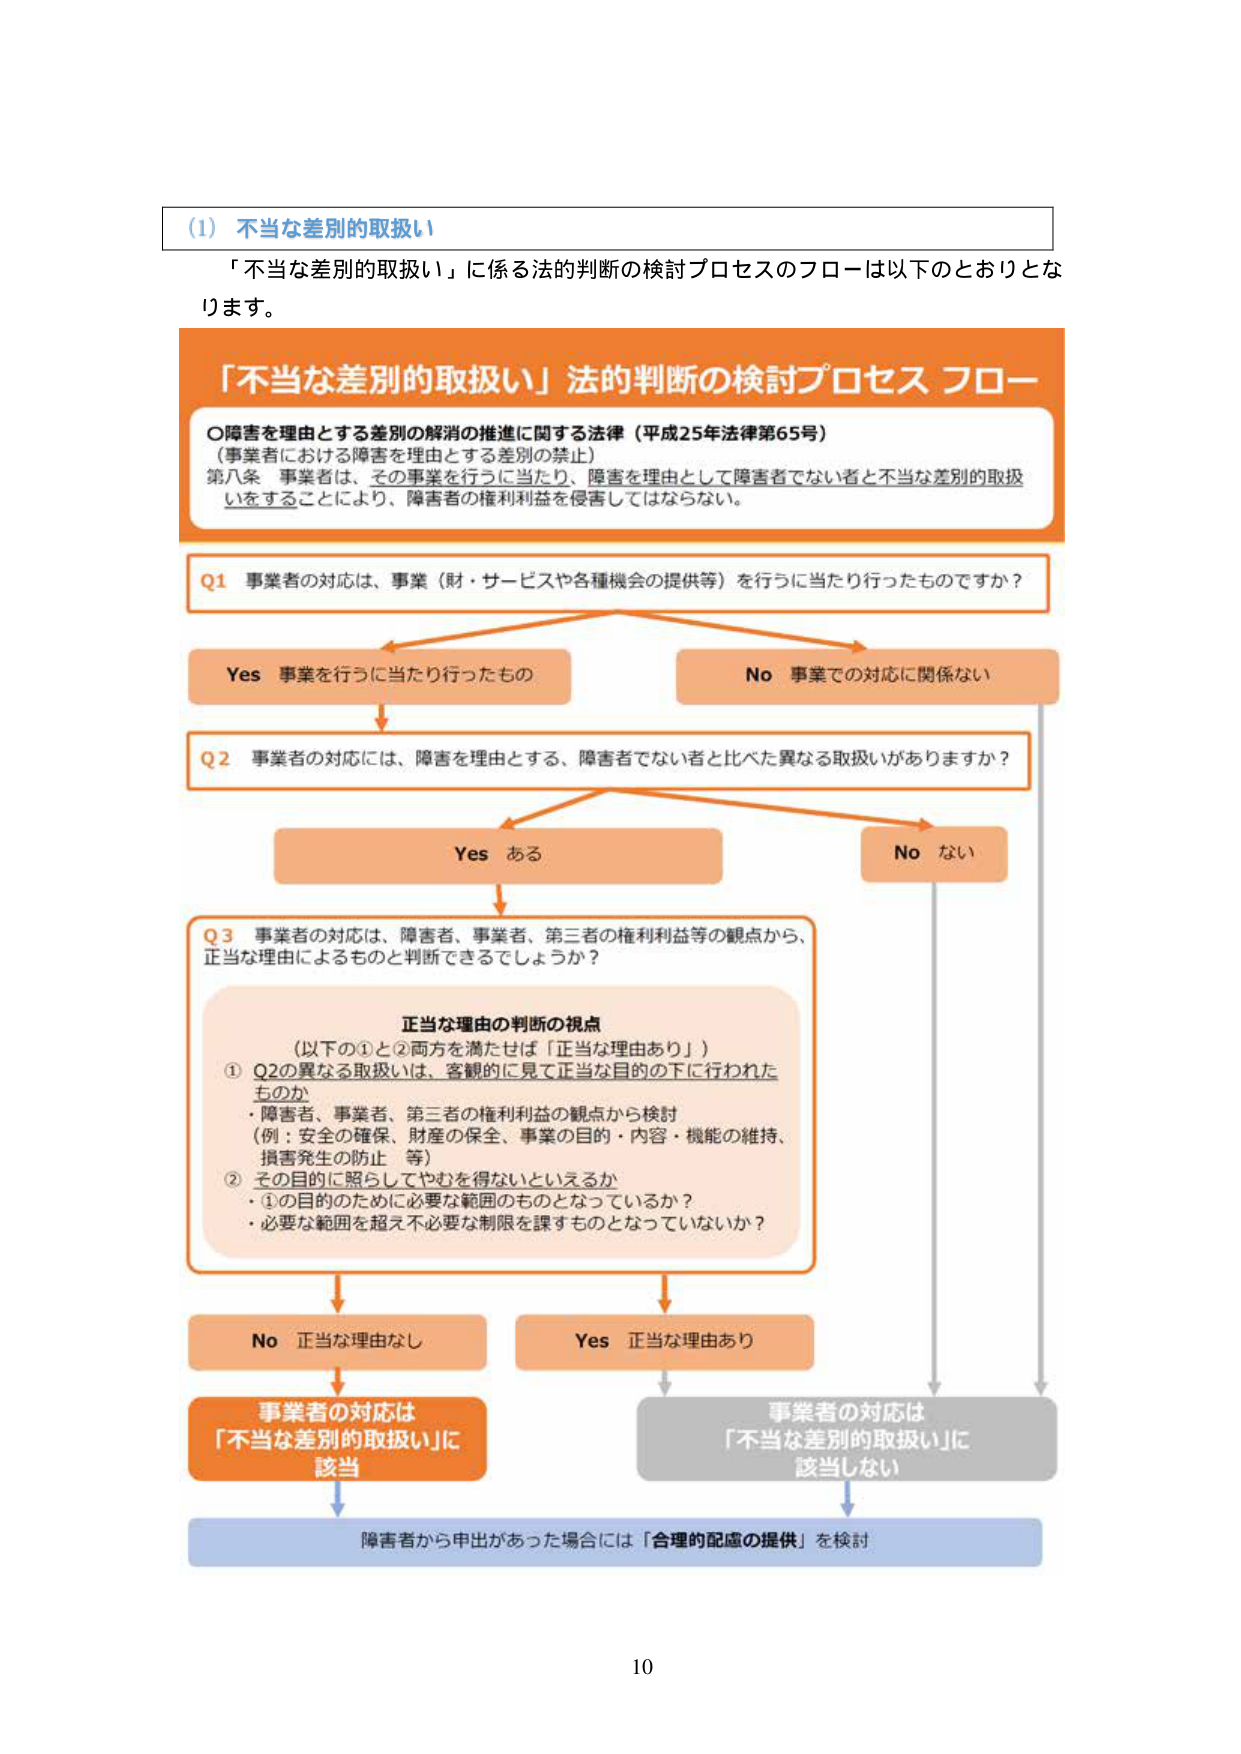
(1) 不当な差別的取扱い
「不当な差別的取扱い」に係る法的判断の検討プロセスのフローは以下のとおりとなります。

「不当な差別的取扱い」法的判断の検討プロセス フロー
○障害を理由とする差別の解消の推進に関する法律（平成25年法律第65号）
（事業者における障害を理由とする差別の禁止）
第八条 事業者は、その事業を行うに当たり、障害を理由として障害者でない者と不当な差別的取扱いをすることにより、障害者の権利利益を侵害してはならない。

Q1 事業者の対応は、事業（財・サービスや各種機会の提供等）を行うに当たり行ったものですか？
Yes 事業を行うに当たり行ったもの
No 事業での対応に関係ない

Q2 事業者の対応には、障害を理由とする、障害者でない者と比べた異なる取扱いがありますか？
Yes ある
No ない

Q3 事業者の対応は、障害者、事業者、第三者の権利利益等の観点から、正当な理由によるものと判断できるでしょうか？

正当な理由の判断の視点
（以下の①と②両方を満たせば「正当な理由あり」）
① Q2の異なる取扱いは、客観的に見て正当な目的の下に行われたものか
・障害者、事業者、第三者の権利利益の観点から検討
（例：安全の確保、財産の保全、事業の目的・内容・機能の維持、損害発生の防止 等）
② その目的に照らしてやむを得ないといえるか
・①の目的のために必要な範囲のものとなっているか？
・必要な範囲を超え不必要な制限を課すものとなっていないか？

No 正当な理由なし
Yes 正当な理由あり

事業者の対応は
「不当な差別的取扱い」に
該当

事業者の対応は
「不当な差別的取扱い」に
該当しない

障害者から申出があった場合には「合理的配慮の提供」を検討

10